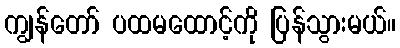
ကျွန်တော် ပထမထောင့်ကို ပြန်သွားမယ်။